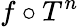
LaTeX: f\circ T^{n}